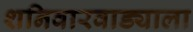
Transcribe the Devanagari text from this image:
शनिवारवाड्याला